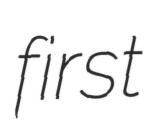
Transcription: first